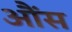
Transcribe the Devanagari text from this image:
आैंस